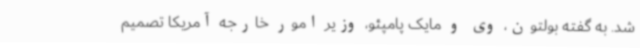
شد. به گفته بولتون، وی و مایک پامپئو، وزیر امور خارجه آمریکا تصمیم